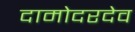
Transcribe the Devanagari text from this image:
दामोदरदेव